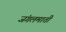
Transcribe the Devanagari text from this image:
जंगलमाती